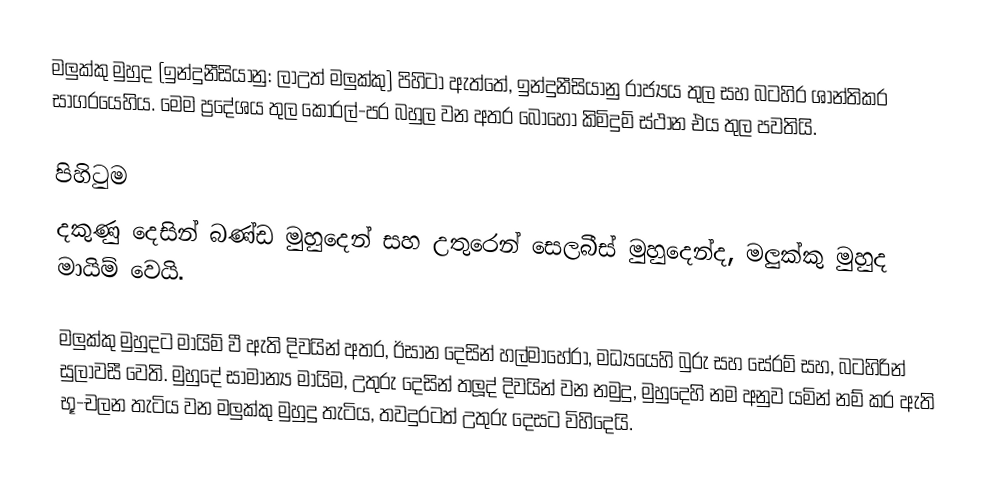
මලුක්කු මුහුද (ඉන්දුනීසියානු: ලාඋත් මලුක්කු) පිහිටා ඇත්තේ,  ඉන්දුනීසියානු රාජ්‍යය තුල සහ බටහිර ශාන්තිකර සාගරයෙහිය.  මෙම ප්‍රදේශය තුල කොරල්-පර බහුල වන අතර බොහෝ කිමිදුම් ස්ථාන එය තුල පවතියි.

පිහිටුම
දකුණු දෙසින් බණ්ඩ මුහුදෙන් සහ උතුරෙන්  සෙලබීස් මුහුදෙන්ද,  මලුක්කු මුහුද මායිම් වෙයි.

මලුක්කු මුහුදට මායිම් වී ඇති දිවයින් අතර, ඊසාන දෙසින් හල්මාහේරා, මධ්‍යයෙහි බුරු සහ සේරම් සහ, බටහිරින් සුලාවසී වෙති.  මුහුදේ සාමාන්‍ය මායිම, උතුරු දෙසින් තලූද් දිවයින් වන නමුදු, මුහුදෙහි නම අනුව යමින් නම් කර ඇති භූ-චලන තැටිය වන මලුක්කු මුහුදු  තැටිය, තවදුරටත් උතුරු දෙසට විහිදෙයි.